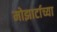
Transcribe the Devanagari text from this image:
मोझार्टाच्या